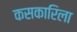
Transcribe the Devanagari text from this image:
कसकारिला